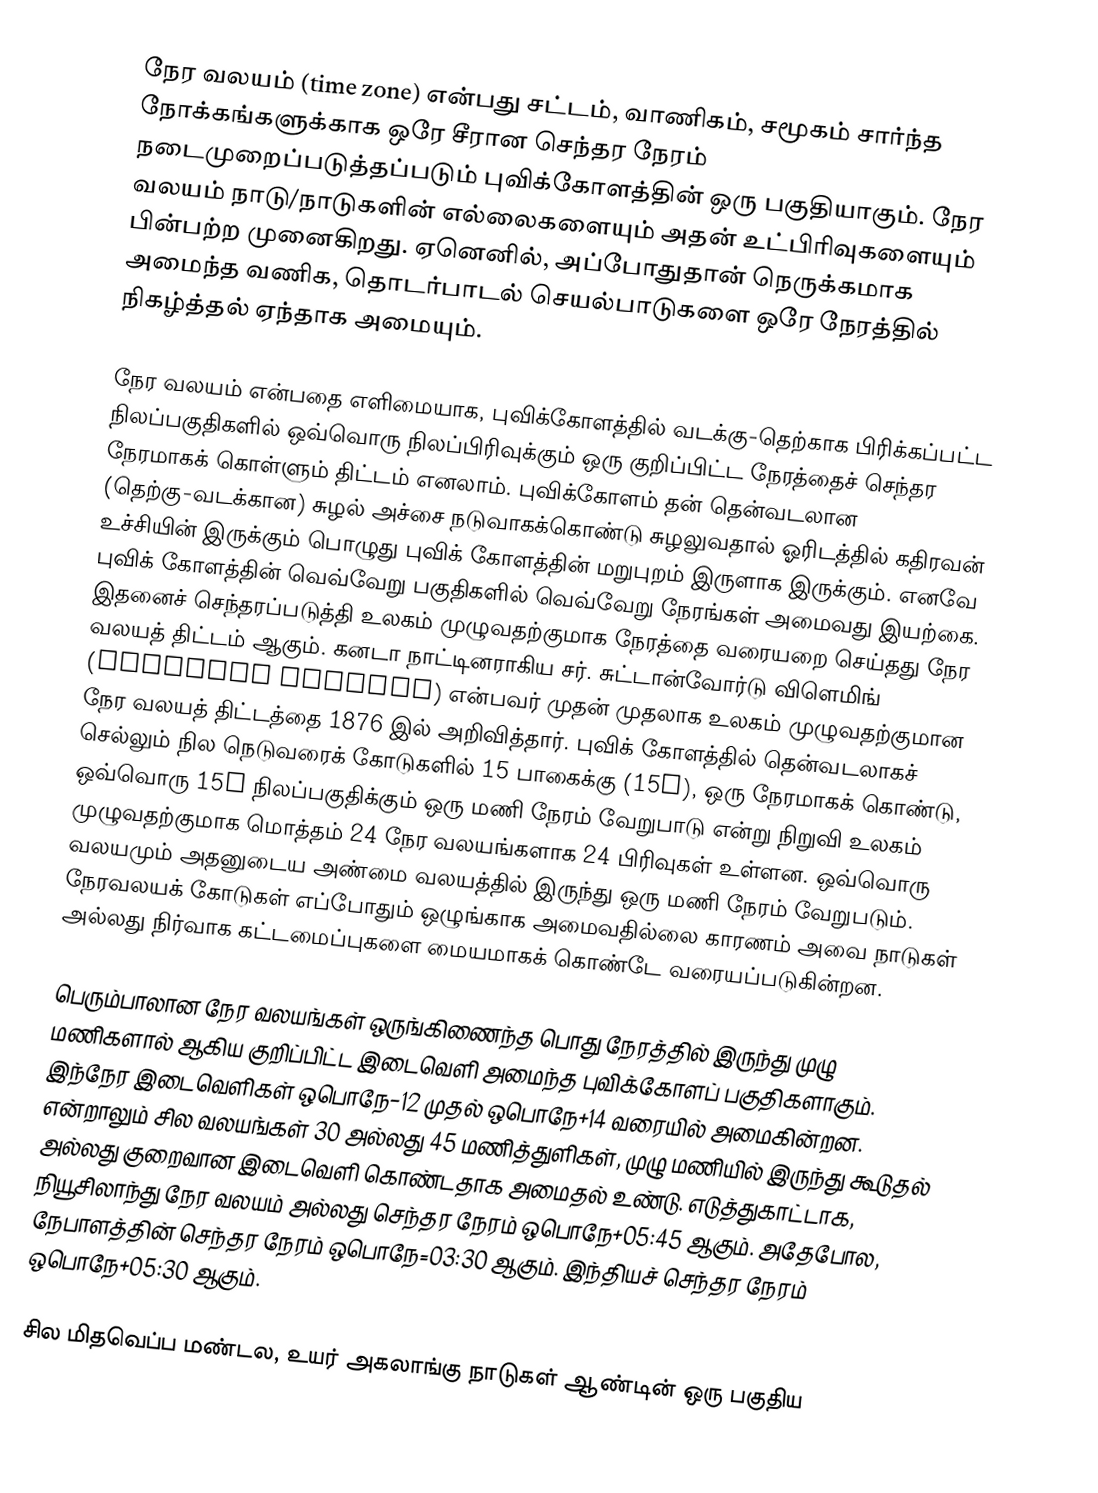
நேர வலயம் (time zone) என்பது சட்டம், வாணிகம், சமூகம் சார்ந்த நோக்கங்களுக்காக ஒரே சீரான செந்தர நேரம் நடைமுறைப்படுத்தப்படும் புவிக்கோளத்தின் ஒரு பகுதியாகும். நேர வலயம் நாடு/நாடுகளின் எல்லைகளையும் அதன் உட்பிரிவுகளையும் பின்பற்ற முனைகிறது. ஏனெனில், அப்போதுதான் நெருக்கமாக அமைந்த வணிக, தொடர்பாடல் செயல்பாடுகளை ஒரே நேரத்தில் நிகழ்த்தல் ஏந்தாக அமையும்.

நேர வலயம் என்பதை எளிமையாக, புவிக்கோளத்தில் வடக்கு-தெற்காக பிரிக்கப்பட்ட நிலப்பகுதிகளில் ஒவ்வொரு நிலப்பிரிவுக்கும் ஒரு குறிப்பிட்ட நேரத்தைச் செந்தர நேரமாகக் கொள்ளும் திட்டம் எனலாம். புவிக்கோளம் தன் தென்வடலான (தெற்கு-வடக்கான) சுழல் அச்சை நடுவாகக்கொண்டு சுழலுவதால் ஓரிடத்தில் கதிரவன் உச்சியின் இருக்கும் பொழுது புவிக் கோளத்தின் மறுபுறம் இருளாக இருக்கும். எனவே புவிக் கோளத்தின் வெவ்வேறு பகுதிகளில் வெவ்வேறு நேரங்கள் அமைவது இயற்கை. இதனைச்  செந்தரப்படுத்தி உலகம் முழுவதற்குமாக நேரத்தை வரையறை செய்தது நேர வலயத் திட்டம் ஆகும். கனடா நாட்டினராகிய சர். சுட்டான்வோர்டு விளெமிங் (Stanford Fleming) என்பவர் முதன் முதலாக உலகம் முழுவதற்குமான நேர வலயத் திட்டத்தை 1876 இல் அறிவித்தார். புவிக் கோளத்தில் தென்வடலாகச் செல்லும் நில நெடுவரைக் கோடுகளில் 15 பாகைக்கு (15°), ஒரு நேரமாகக் கொண்டு, ஒவ்வொரு 15° நிலப்பகுதிக்கும் ஒரு மணி நேரம் வேறுபாடு என்று நிறுவி உலகம் முழுவதற்குமாக மொத்தம் 24 நேர வலயங்களாக 24 பிரிவுகள் உள்ளன. ஒவ்வொரு வலயமும் அதனுடைய அண்மை வலயத்தில் இருந்து ஒரு மணி நேரம் வேறுபடும். நேரவலயக் கோடுகள் எப்போதும் ஒழுங்காக அமைவதில்லை காரணம் அவை நாடுகள் அல்லது நிர்வாக கட்டமைப்புகளை மையமாகக் கொண்டே வரையப்படுகின்றன.

பெரும்பாலான நேர வலயங்கள் ஒருங்கிணைந்த பொது நேரத்தில் இருந்து முழு மணிகளால் ஆகிய குறிப்பிட்ட இடைவெளி அமைந்த புவிக்கோளப் பகுதிகளாகும். இந்நேர இடைவெளிகள் ஒபொநே−12 முதல் ஒபொநே+14 வரையில் அமைகின்றன. என்றாலும் சில வலயங்கள் 30 அல்லது 45 மணித்துளிகள், முழு மணியில் இருந்து கூடுதல் அல்லது குறைவான இடைவெளி கொண்டதாக அமைதல் உண்டு. எடுத்துகாட்டாக, நியூசிலாந்து நேர வலயம் அல்லது செந்தர நேரம் ஒபொநே+05:45 ஆகும். அதேபோல, நேபாளத்தின் செந்தர நேரம் ஒபொநே=03:30 ஆகும். இந்தியச் செந்தர நேரம் ஒபொநே+05:30 ஆகும்.

சில மிதவெப்ப மண்டல, உயர் அகலாங்கு நாடுகள் ஆண்டின் ஒரு பகுதிய